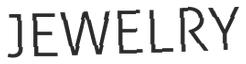
JEWELRY